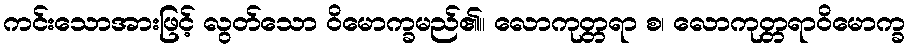
ကင်းသောအားဖြင့် လွတ်သော ဝိမောက္ခမည်၏။ လောကုတ္တရာ စ၊ လောကုတ္တရာဝိမောက္ခ